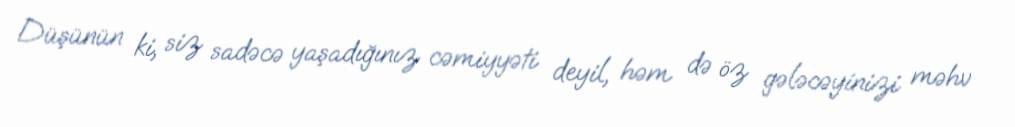
Düşünün ki, siz sadəcə yaşadığınız cəmiyyəti deyil, həm də öz gələcəyinizi məhv